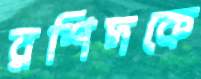
রশিদকে